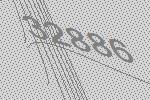
32886